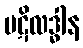
ပဋိလဒ္ဓါန